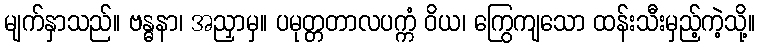
မျက်နှာသည်။ ဗန္ဓနာ၊ အညှာမှ။ ပမုတ္တတာလပက္ကံ ဝိယ၊ ကြွေကျသော ထန်းသီးမှည့်ကဲ့သို့။